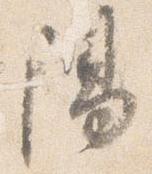
陽